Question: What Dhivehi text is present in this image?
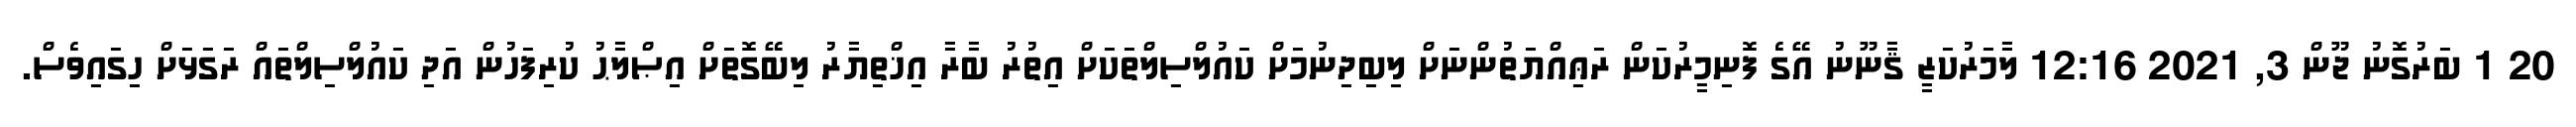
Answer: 20 1 ބަރުގޮނު ޖޫން 3, 2021 12:16 ލާމަރުކަޒީ ޤާނޫނު އޭގެ ފޮނިމީރުކަން ރަޢިއްޔަތުންނަށް ލިބިދިނުމަށް ކައުލްސިލްތަކަށް އިތުރު ބާރާ އިޚްތިޔާރު ލިބޭގޮތަށް އިޞްލާޙު ކުރިފަހުން އަދި ކައުލްސިލްތައް ރަގަޅަށް ހިގައިވެސް.